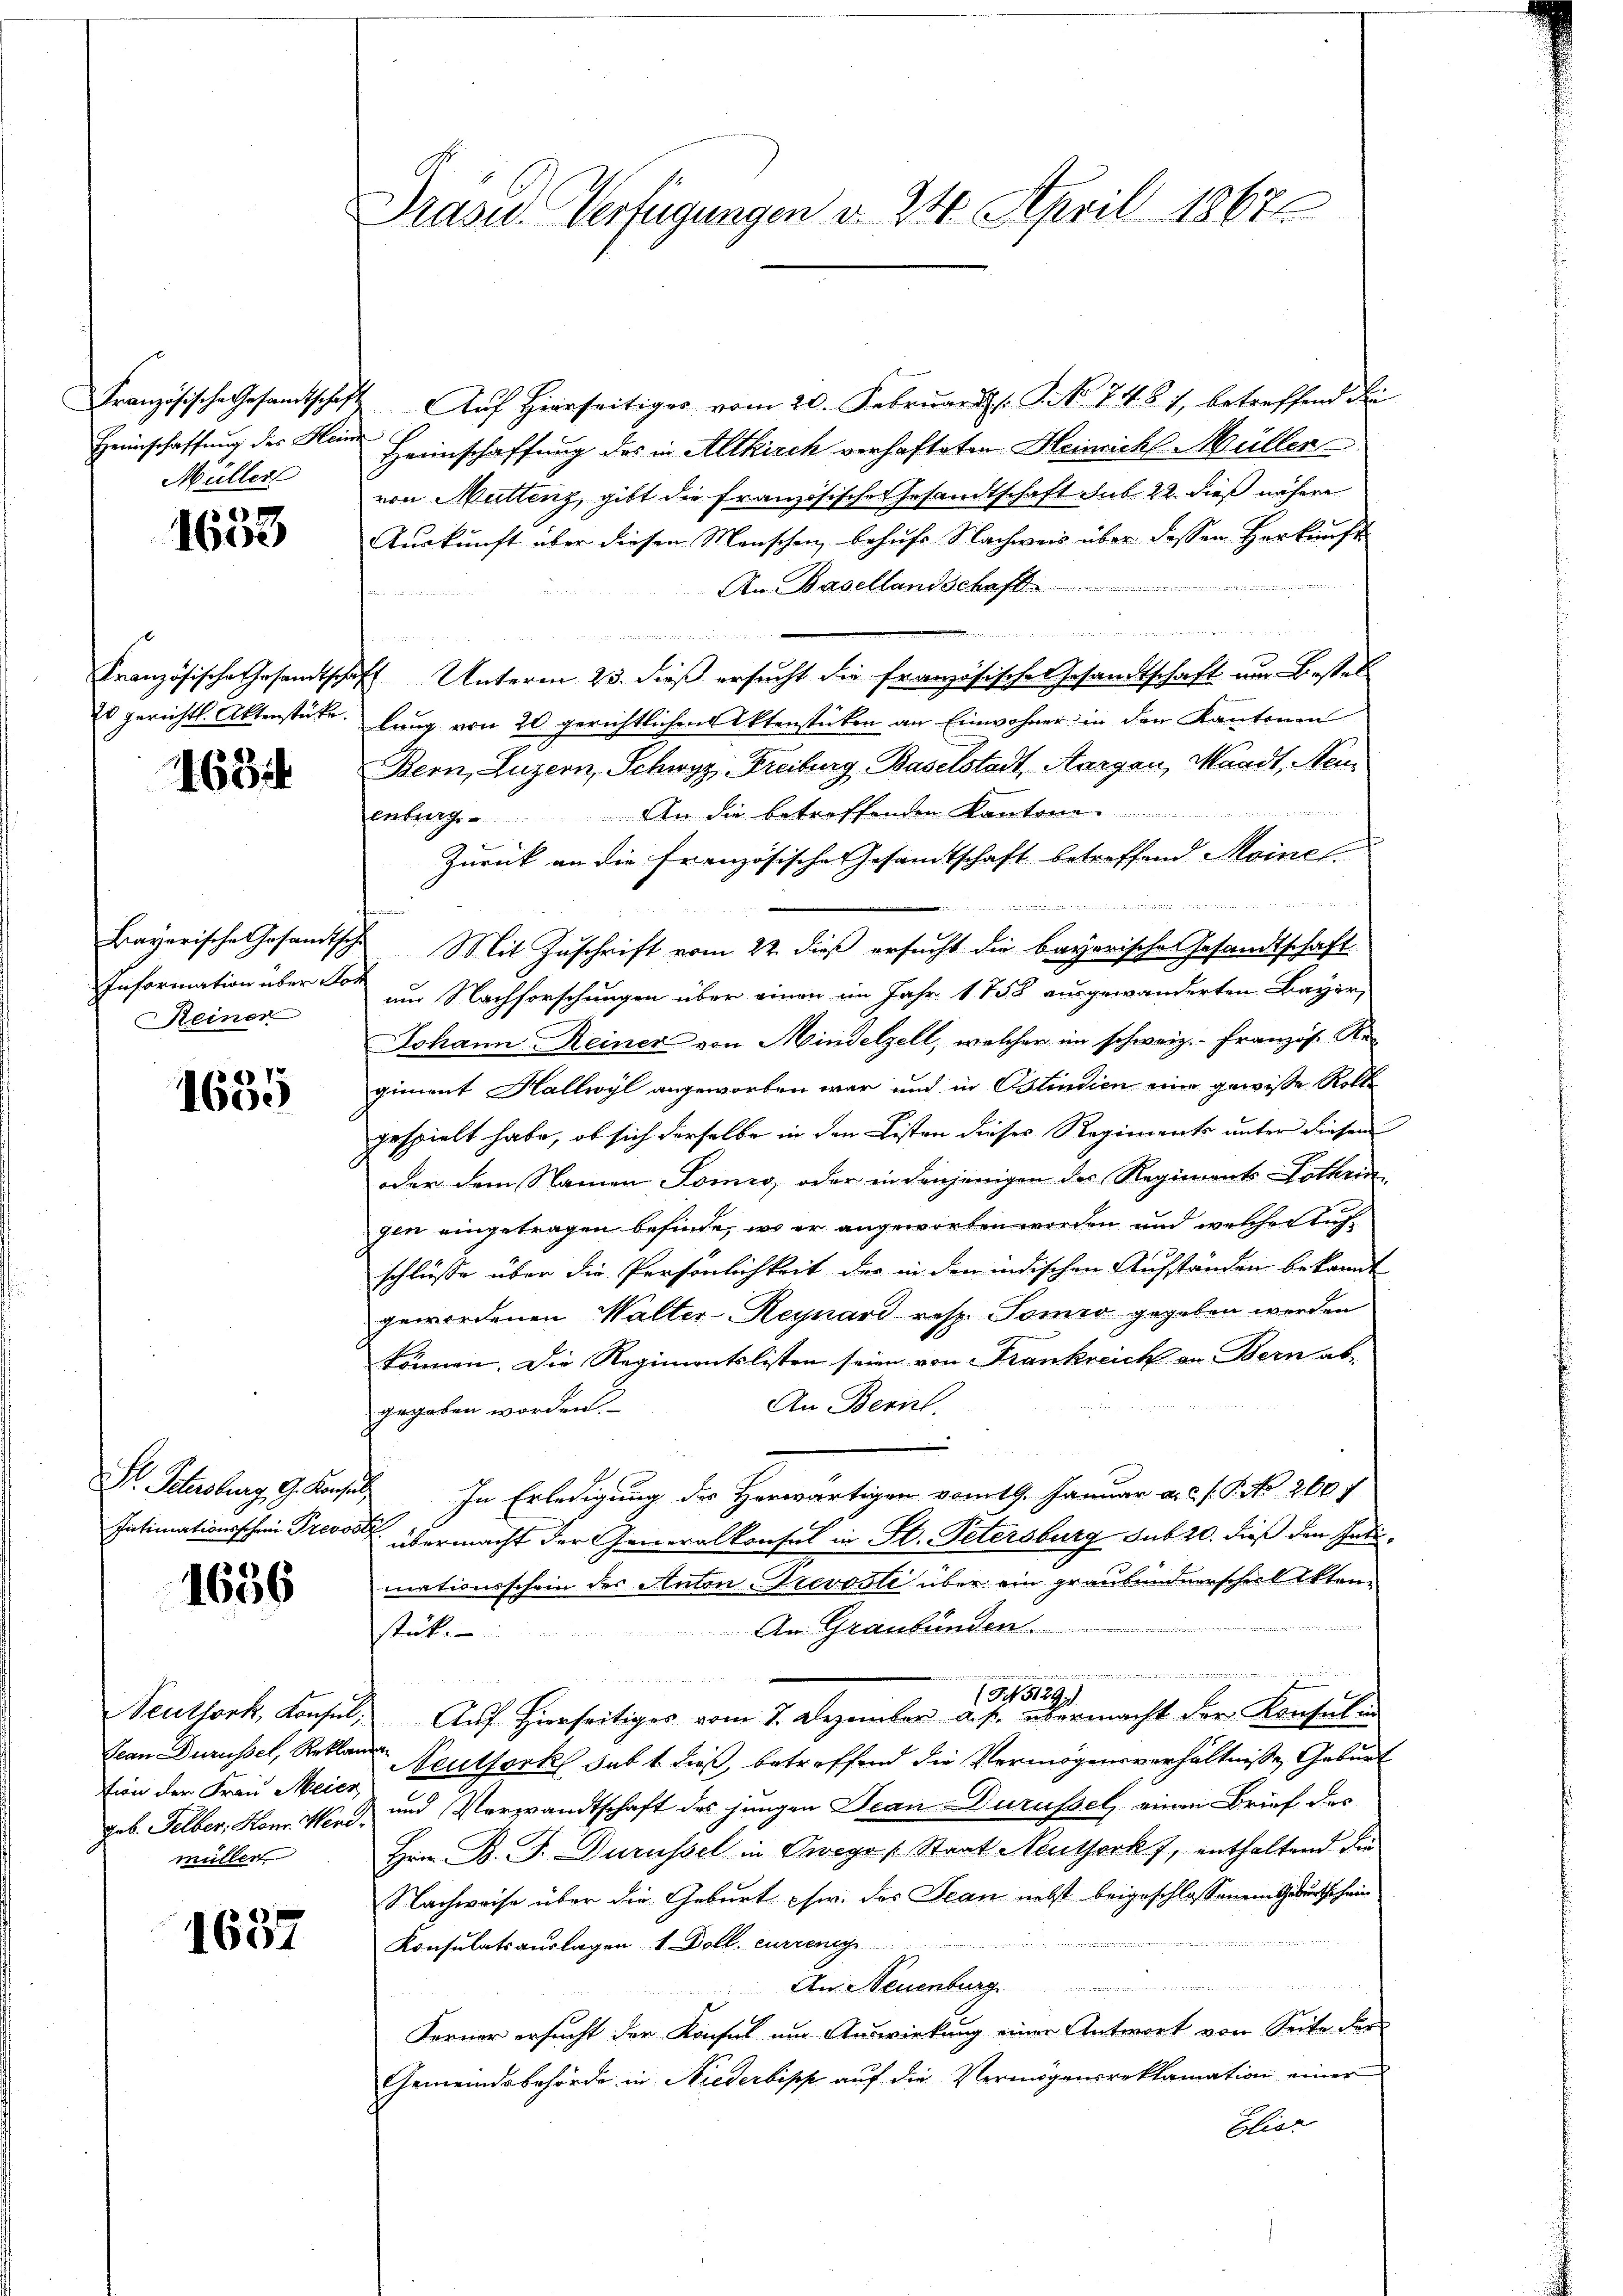
Müller

)
1600

Es gerichts. Aktenstücke.

168

Reiner

1
1655

Dr. Salisburg, G. Konsul

1656

tion der Frau Meier
müllen

1637

Prasid. Verfügungen v. 24. April 18676

Französische Gesamtschaft Auf Hierseitiger vom 20. Februar ds NNo. 7487, betreffend die
Heimschaffung des Kan Heimschaffung des in Altkirch verhafteten Heinrich Müller
von Muttenz, gibt die Französische Gesandtschaft sub 22. dieß nähere
Auskunft über diesen Menschen, behufs Nachweis über dessen Herkunft
An Basellandschaf
hin vormun

e
Französische Gesandtschaft Unterm 23. dieß ersucht die französische Gesandtschaft um Bestel
lung von 20 gerichtlichen Aktenstücken an Einwohner in den Kantonen
Bern, Luzern, Schwyz, Freiburg, Baselstadt, Aargau, Waadt, Neu
enburg. An die betreffenden Kantone ..................
Zurück an die französische Gesamtschaft betreffend Meine
 nnd mit
Bayerische Gesandtsche Mit Zuschrift vom 22. dieß ersucht die bayerische Gesandtschaft
Information über der am Nachforschungen über einen im Jahr 1858 ausgewanderten Bayer,
Johann Reiner von Mindelzell, welcher im schweiz.- Französ. Regiment Hallwyl angeworben war und in Ostindien eine gewisse Rolle
gespielt habe, ob sich derselbe in den Listen dieses Regiments unter diesem
oder dem Namen Tonio, oder in denjenigen der Regiments-Lothrin
gen eingetragen befinde, wo er angeworben worden und welcher Aufschlüsse über die Persönlichkeit der in den indischen Aufständen bekannt
gewordenen Walter-Reynard resp. Tomo gegeben werden
kämen. Die Regimentslisten seien von Frankreich an Bern ab-

An Bern.
gegeben worden.
In Erledigung der Herwärtigen vom 19. Januar a. d. J. N. 2607
Intimationsschein Preis übermacht der Generalkonsul in St. Petersburg sub 20. dieß den Indimationsschein der Anton Trevostie über ein graubündnerscheil Akten.

An Graubünden ...............
stück.
üeren wiederungen der

1545129)
Veuthork, Konsul, Auf hierseitiges vom 7. Dezember a. p. übermacht der Konsul in
Gran Durüssel, Reklare Neutfork satt dieß, betreffend die Vermögensverhältnisse Geburt
geb. Felber, Hom. M. D. und Verzwandtschaft des jungen Dian-Durüssel, einen Brief des
Hrn. B. F. Durüssel in Owego (Staat Neuthork, enthaltend die
Nachweise über die Geburt sw. das Jean nebst beigeschlossenem Geburtschein

Konsulatsauslagen, 1 Doll. currenge
An Neuenburg
Ferner ersucht der Konfel um Auswirkung einer Antwort von Seite der
Gemeindsbehörde in Niederbis auf die Vermögensreklamation einer
Elier